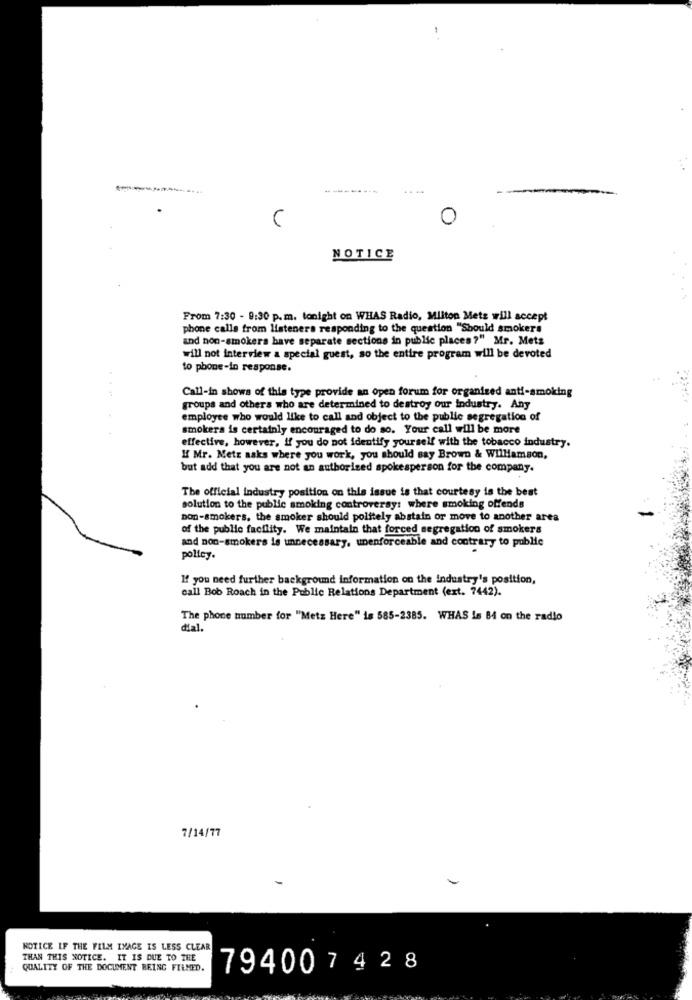
0
NOTICE
From 7:30 - 9:30 p.m. tonight on WHAS Radio, Milton Mets will accept
phone calls from listeners responding to the question "Should smokers
and non-smokers have separate sections in public places?" Mr. Mets
will not interview a special guest, so the entire program will be devoted
to phone-in response.
Call-in shows of this type provide an Open forum for organized anti-smoking
groups and others who are determined to destroy our industry. Any
employee who would like to call and object to the public segregation of
smokers is certainly encouraged to do so. Your call will be more
effective, however, If you do not identify yourself with the tobacco industry.
If Mr. Metz asks where you work, you should say Brown & Williamson,
but add that you are not an authorized spokesperson for the company.
The official industry position on this issue is that courtesy is the best
solution to the public smoking controversy: where smoking offends
non-smokers, the smoker should politely abstain or move to another area
of the public facility. We maintain that forced segregation of smokers
and non-smokers is unnecessary, unenforceable and contrary to public
policy.
If you need further background information on the industry's position,
call Bob Roach in the Public Relations Department (ext. 7442).
The phone number for "Metz Here" is 585-2385. WHAS is 84 on the radio
dial.
7/14/77
NOTICE IF THE FILM IMAGE IS LESS CLEAR
THAN THIS NOTICE. IT IS DUE TO THE
QUALITY OF THE DOCUMENT BEING FILMED.
794007428